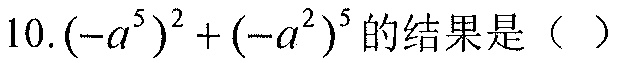
10. \((-a^{5})^{2}+(-a^{2})^{5}\)的结果是（  ）